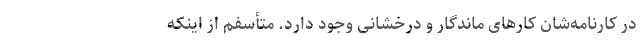
در کارنامه‌شان کارهای ماندگار و درخشانی وجود دارد. متأسفم از اینکه